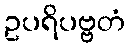
ဥပရိပဗ္ဗတံ